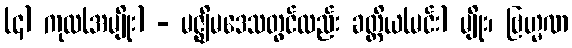
(၄) ကုလ(အမျိုး) - မဇ္ဈိမဒေသတွင်လည်း ခတ္တိယ(မင်း) မျိုး၊ ဗြဟ္မဏ